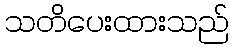
သတိပေးထားသည်